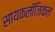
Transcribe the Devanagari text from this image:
सायकलॉजिकल